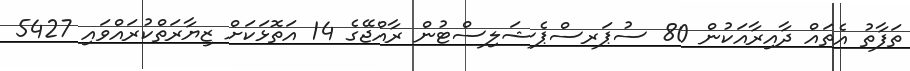
ތަފާތު އެތައް ދާއިރާއަކުން 80 ސުޕަރސްޕެޝަލިސްޓުން ރާއްޖޭގެ 14 އަތޮޅަކަށް ޒިޔާރަތްކުރައްވައި 5427